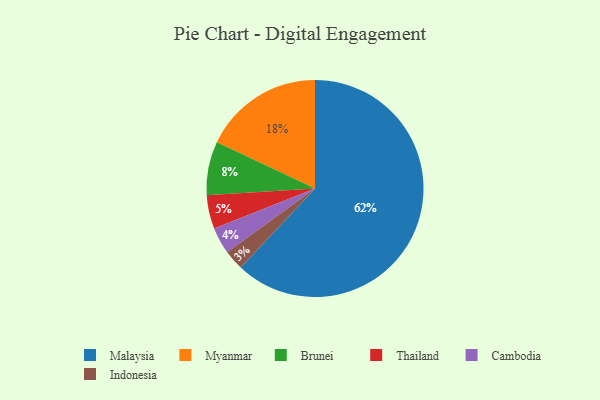
{"axis": {"x": "Category", "y": "Percentage"}, "legend": ["Brunei", "Cambodia", "Indonesia", "Malaysia", "Myanmar", "Thailand"], "data": [{"x": "Myanmar", "y": 18, "type": "Myanmar"}, {"x": "Thailand", "y": 5, "type": "Thailand"}, {"x": "Indonesia", "y": 3, "type": "Indonesia"}, {"x": "Cambodia", "y": 4, "type": "Cambodia"}, {"x": "Brunei", "y": 8, "type": "Brunei"}, {"x": "Malaysia", "y": 62, "type": "Malaysia"}]}